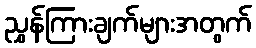
ညွှန်ကြားချက်များအတွက်